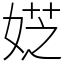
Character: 𡝳